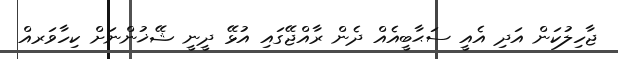
ޖާހިލުކަން އަދި އެއީ ސަޙާބީއެއް ދެން ރާއްޖޭގައި އުޅޭ ދީނީ ޝޭޚުންނަށް ކިހާވަރއް